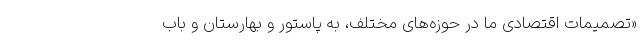
«تصمیمات اقتصادی ما در حوزه‌های مختلف، به پاستور و بهارستان و باب